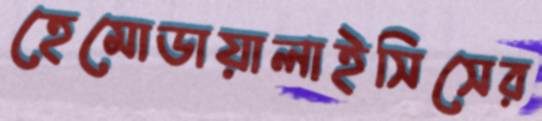
হেমোডায়ালাইসিসের